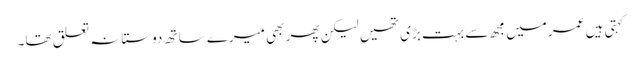
کہتی ہیں عمر میں مجھ سے بہت بڑی تھیں لیکن پھر بھی میرے ساتھ دوستانہ تعلق تھا۔